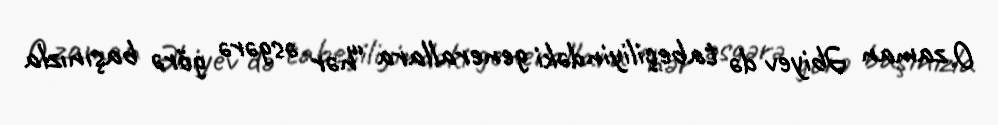
O zaman Əbiyev də tabeçiliyindəki generallara “hər əsgərə görə başınızla